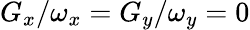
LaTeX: G_{x}/\omega_{x}=G_{y}/\omega_{y}=0